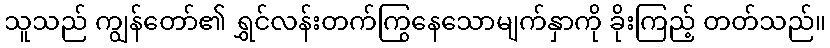
သူသည် ကျွန်တော်၏ ရွှင်လန်းတက်ကြွနေသောမျက်နှာကို ခိုးကြည့် တတ်သည်။